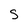
Character: S